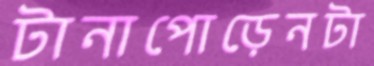
টানাপোড়েনটা